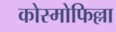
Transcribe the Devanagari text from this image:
कोस्मोफिल्ला